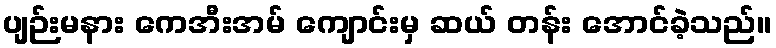
ပျဉ်းမနား ကေအီးအမ် ကျောင်းမှ ဆယ် တန်း အောင်ခဲ့သည်။